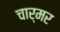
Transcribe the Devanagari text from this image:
चार्मर